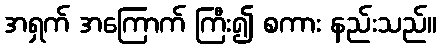
အရှက် အကြောက် ကြီး၍ စကား နည်းသည်။